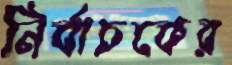
নির্বাচকের